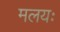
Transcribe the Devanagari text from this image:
मलयः